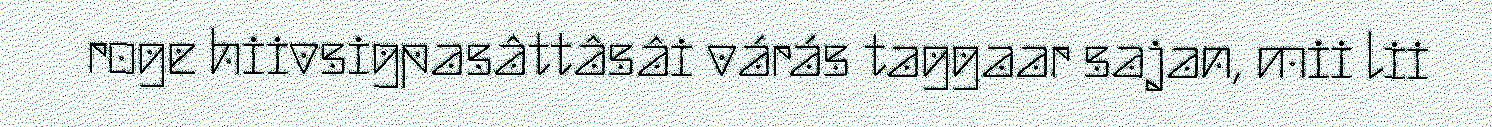
roge hiivsigpasâttâsâi várás taggaar sajan, mii lii